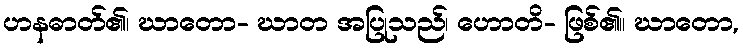
ဟနဓာတ်၏၊ ဃာတော- ဃာတ အပြုသည်၊ ဟောတိ- ဖြစ်၏။ ဃာတော,